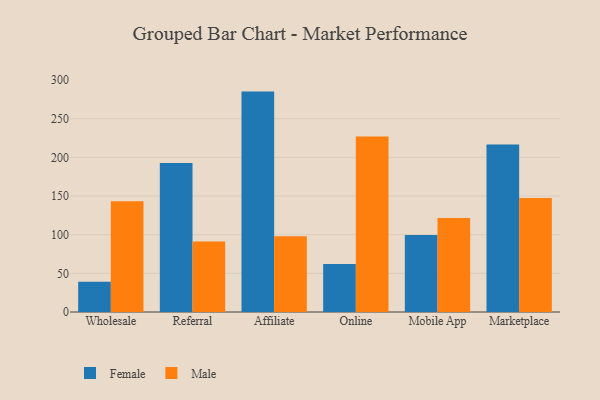
{"axis": {"x": "Channel", "y": "Satisfaction Score"}, "legend": ["Female", "Male"], "data": [{"x": "Wholesale", "y": 39.1, "type": "Female"}, {"x": "Wholesale", "y": 143.1, "type": "Male"}, {"x": "Referral", "y": 192.8, "type": "Female"}, {"x": "Referral", "y": 91.2, "type": "Male"}, {"x": "Affiliate", "y": 285.1, "type": "Female"}, {"x": "Affiliate", "y": 98.1, "type": "Male"}, {"x": "Online", "y": 62.0, "type": "Female"}, {"x": "Online", "y": 227.1, "type": "Male"}, {"x": "Mobile App", "y": 99.6, "type": "Female"}, {"x": "Mobile App", "y": 121.7, "type": "Male"}, {"x": "Marketplace", "y": 216.6, "type": "Female"}, {"x": "Marketplace", "y": 147.5, "type": "Male"}]}